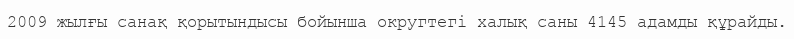
2009 жылғы санақ қорытындысы бойынша округтегі халық саны 4145 адамды құрайды.